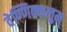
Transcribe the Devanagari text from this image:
वेण्णिक्कलुम्